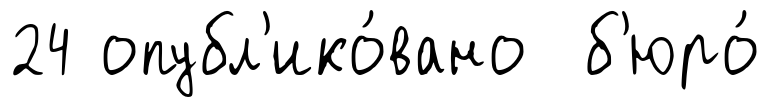
24 опубл'ико́вано б'юро́